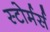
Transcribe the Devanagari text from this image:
स्टोर्मर्स